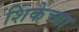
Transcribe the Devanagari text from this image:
शिंकेच्या